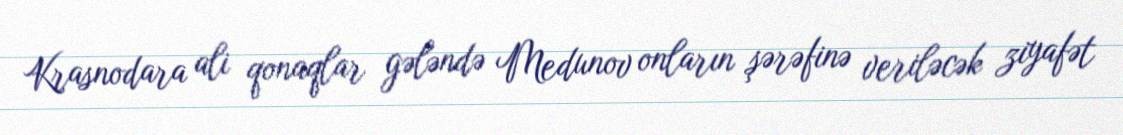
Krasnodara ali qonaqlar gələndə Medunov onların şərəfinə veriləcək ziyafət